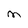
Character: M